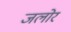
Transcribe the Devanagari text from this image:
जलोर